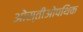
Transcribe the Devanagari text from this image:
ओस्तीओपथिक